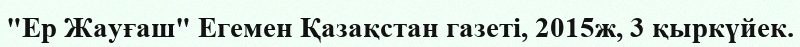
"Ер Жауғаш" Егемен Қазақстан газеті, 2015ж, 3 қыркүйек.